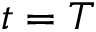
t = T